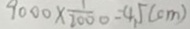
9 0 0 0 \times \frac { 1 } { 2 0 0 0 } = 4 . 5 ( c m )